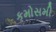
કમોસમી